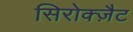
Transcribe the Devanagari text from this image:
सिरोक्ज़ैट